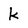
Character: k